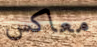
معاكس